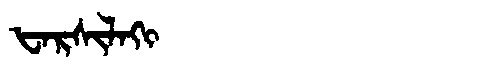
Manchu: ᡶᠠᡵᠰᡳᠯᠠᡴᡳ
Romanization: FARSILAKI